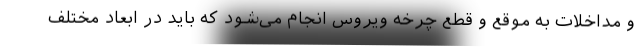
و مداخلات به موقع و قطع چرخه ویروس انجام می‌شود که باید در ابعاد مختلف